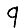
Digit: 9